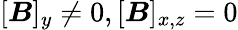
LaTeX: [\boldsymbol{B}]_{y}\neq 0,[\boldsymbol{B}]_{x,z}=0